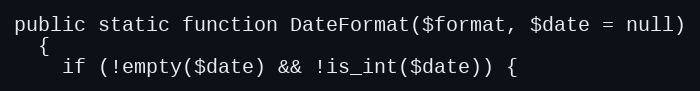
Language: PHP
public static function DateFormat($format, $date = null)
  {
    if (!empty($date) && !is_int($date)) {